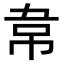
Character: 𮧯